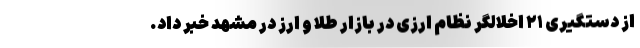
از دستگیری ۲۱ اخلالگر نظام ارزی در بازار طلا و ارز در مشهد خبر داد.